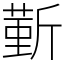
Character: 𣂼